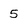
Character: 5